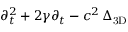
\partial _ { t } ^ { 2 } + 2 \gamma \partial _ { t } - c ^ { 2 } \, \Delta _ { \mathrm { 3 D } }